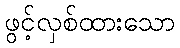
ဖွင့်လှစ်ထားသော